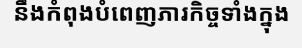
នឹងកំពុងបំពេញភារកិច្ចទាំងក្នុង